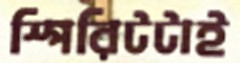
স্পিরিটটাই